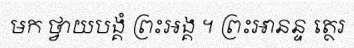
មក ថ្វាយបង្គំ ព្រះឣង្គ ។ ព្រះឣានន្ទ ត្ថេរ